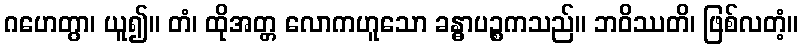
ဂဟေတွာ၊ ယူ၍။ တံ၊ ထိုအတ္တ လောကဟူသော ခန္ဓာပဉ္စကသည်။ ဘဝိဿတိ၊ ဖြစ်လတံ့။